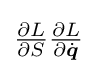
{\textstyle {\frac {\partial L}{\partial S}}{\frac {\partial L}{\partial {\dot {\boldsymbol {q}}}}}}